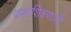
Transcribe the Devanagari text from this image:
कलाशिक्षणाशी